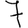
Digit: 7